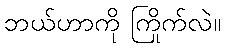
ဘယ်ဟာကို ကြိုက်လဲ။